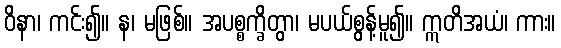
ဝိနာ၊ ကင်း၍။ န၊ မဖြစ်။ အပစ္စက္ခိတွာ၊ မပယ်စွန့်မူ၍။ ဣတိအယံ၊ ကား။